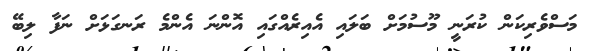
މަސްވެރިކަން ކުރަނީ މޫސުމަށް ބަލައި އެއިރެއްގައި އޮންނަ އެންމެ ރަނގަޅަށް ނަފާ ލިބޭ